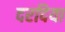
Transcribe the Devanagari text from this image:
दरदिया